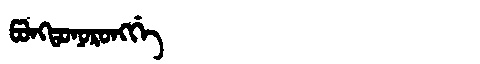
Manchu: ᡦᠣᠩᡨᠣᠨᠣᡵᠣᠩᡤᡝ
Romanization: PONGTONORONGGE